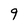
Character: 9